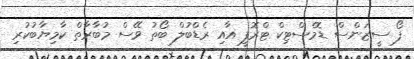
ފޯ ސީޒަންސް ޑޮމެސްޓިކް ޓްރޮފީ އާއި ރެޑްބުލް ބޯތު ވޭސް މުބާރާތް ކާމިޔާބުކުރި